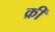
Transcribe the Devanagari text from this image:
क्रीं